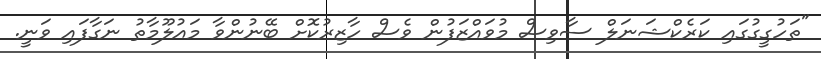
"ތަހުގީގުގައި ކަރެކްޝަނަލް ސާވިސް މުވައްޒަފުން ވެސް ހާޒިރުކޮށް ބޭނުންވާ މައުލޫމާތު ނަގާފައި ވަނީ.